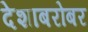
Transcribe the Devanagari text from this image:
देशाबरोबर